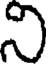
ని